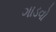
ગાડવો